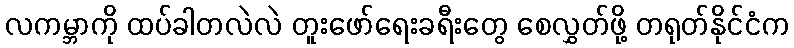
လကမ္ဘာကို ထပ်ခါတလဲလဲ တူးဖော်ရေးခရီးတွေ စေလွှတ်ဖို့ တရုတ်နိုင်ငံက